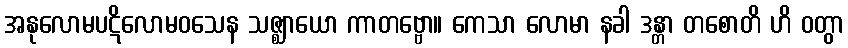
အနုလောမပဋိလောမဝသေန သဇ္ဈာယော ကာတဗ္ဗော။ ကေသာ လောမာ နခါ ဒန္တာ တစောတိ ဟိ ဝတွာ